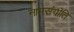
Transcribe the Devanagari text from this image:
नामसंगीति